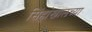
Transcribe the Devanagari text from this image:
सिंहांखालच्या